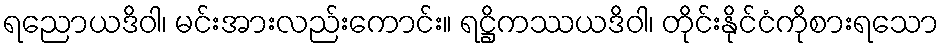
ရညောယဒိဝါ၊ မင်းအားလည်းကောင်း။ ရဋ္ဌိကဿယဒိဝါ၊ တိုင်းနိုင်ငံကိုစားရသော